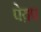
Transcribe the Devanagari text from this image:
पेय़प